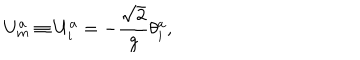
U _ { m } ^ { a } \equiv U _ { i } ^ { a } = - { \frac { \sqrt { 2 } } { g } } \theta _ { i } ^ { a } ,